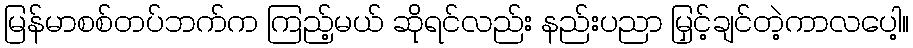
မြန်မာစစ်တပ်ဘက်က ကြည့်မယ် ဆိုရင်လည်း နည်းပညာ မြှင့်ချင်တဲ့ကာလပေါ့။